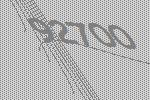
92700